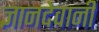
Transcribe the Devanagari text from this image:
ज्ञानदेवानी